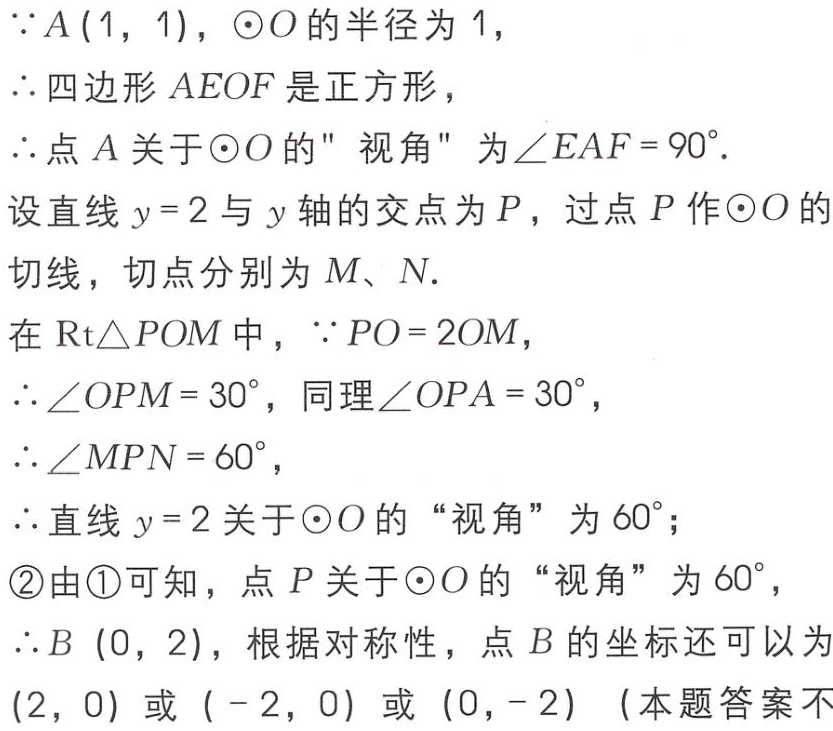
\(\because A(1,1),\odot O\)的半径为\(1\)，
\(\therefore\)四边形\(AEOF\)是正方形，
\(\therefore\)点\(A\)关于\(\odot O\)的" 视角" 为\(\angle EAF = 90^{\circ}\).
设直线\(y = 2\)与\(y\)轴的交点为\(P\)，过点\(P\)作\(\odot O\)的切线，切点分别为\(M\)、\(N\).
在\(\text{Rt}\triangle POM\)中，\(\because PO = 2OM\)，
\(\therefore\angle OPM = 30^{\circ}\)，同理\(\angle OPA = 30^{\circ}\)，
\(\therefore\angle MPN = 60^{\circ}\)，
\(\therefore\)直线\(y = 2\)关于\(\odot O\)的“视角”为\(60^{\circ}\)；
\textcircled{2}由\textcircled{1}可知，点\(P\)关于\(\odot O\)的“视角”为\(60^{\circ}\)，
\(\therefore B(0,2)\)，根据对称性，点\(B\)的坐标还可以为\((2,0)\)或\(( - 2,0)\)或\((0,- 2)\)（本题答案不